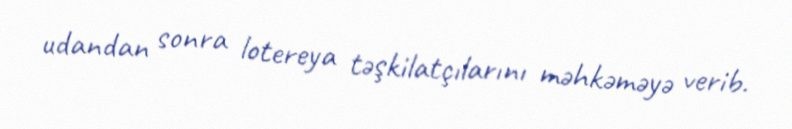
udandan sonra lotereya təşkilatçılarını məhkəməyə verib.